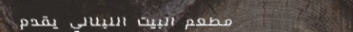
مطعم البيت اللبناني يقدم